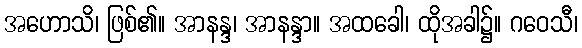
အဟောသိ၊ ဖြစ်၏။ အာနန္ဒ၊ အာနန္ဒာ။ အထခေါ၊ ထိုအခါ၌။ ဂဝေသီ၊